Civil Veterinary Department. Madras. Admin. report 1926-33 - 1926-1933
Year: 1926
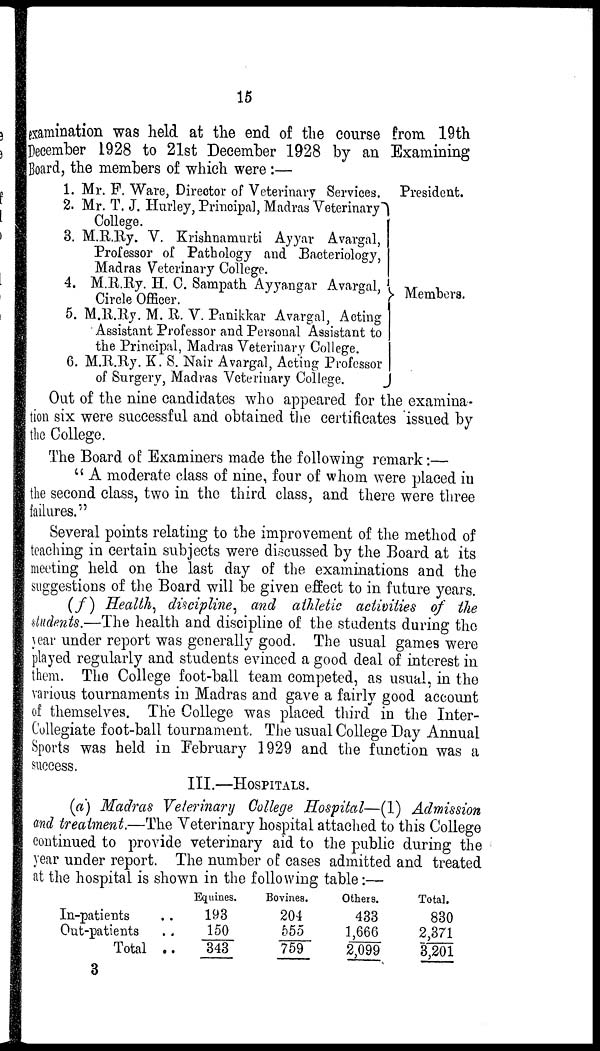
15
examination was held at the end of the course from 19th
December 1928 to 21st December 1928 by an Examining
Board, the members of which were :—
1.
2.
3.
4.
5.
6
Mr. F. Ware, Director of Veterinary Services.
Mr. T. J. Hurley, Principal, Madras Veterinary
College.
M.R.Ry. V. Krishnamurti Ayyar Avargal,
Professor of Pathology and Bacteriology,
Madras Veterinary College.
M.R.Ry. H. C. Sampath Ayyangar Avargal,
Circle Officer.
M.R.Ry. M. R. V. Panikkar Avargal, Acting
Assistant Professor and Personal Assistant to
the Principal, Madras Veterinary College.
M.R.Ry. K. S. Nair Avargal, Acting Professor
of Surgery, Madras Veterinary College.
President.
Members.
Out of the nine candidates who appeared for the examina-
tion six were successful and obtained the certificates issued by
the College.
The Board of Examiners made the following remark:—
"A moderate class of nine, four of whom were placed in
the second class, two in the third class, and there were three
failures."
Several points relating to the improvement of the method of
teaching in certain subjects were discussed by the Board at its
meeting held on the last day of the examinations and the
suggestions of the Board will be given effect to in future years.
(f) Health, discipline, and athletic activities of the
students.—The health and discipline of the students during the
year under report was generally good. The usual games were
played regularly and students evinced a good deal of interest in
them. The College foot-ball team competed, as usual, in the
various tournaments in Madras and gave a fairly good account
of themselves. The College was placed third in the Inter-
Collegiate foot-ball tournament. The usual College Day Annual
Sports was held in February 1929 and the function was a
success.
III.—HOSPITALS.
(a) Madras Veterinary College Hospital—(1) Admission
and treatment.—The Veterinary hospital attached to this College
continued to provide veterinary aid to the public during the
year under report. The number of: cases admitted and treated
at the hospital is shown in the following table:—
In-patients ..
Out-patients ..
Total ..
Equines.
193
150
343
Bovines.
204
655
759
Others.
433
1,666
2,099
Total.
830
2,371
3,201
3